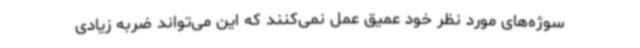
سوژه‌های مورد نظر خود عمیق عمل نمی‌کنند که این می‌تواند ضربه زیادی